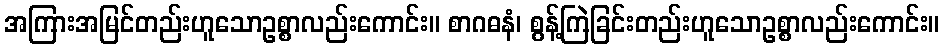
အကြားအမြင်တည်းဟူသောဥစ္စာလည်းကောင်း။ စာဂဓနံ၊ စွန့်ကြဲခြင်းတည်းဟူသောဥစ္စာလည်းကောင်း။